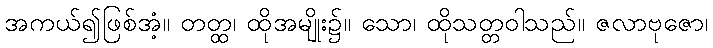
အကယ်၍ဖြစ်အံ့။ တတ္ထ၊ ထိုအမျိုး၌။ သော၊ ထိုသတ္တဝါသည်။ ဇလာဗုဇော၊